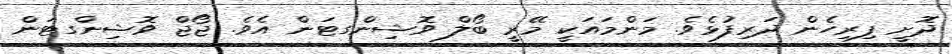
ދޮށީ ފިރިހެން ދަރިފުޅެެވެ. މަންމައަކީ މޭރީ ބޯލް ވޮޝިންގޓަން އެވެ. ޖޯޖް ވޮޝިންގޓަން